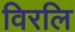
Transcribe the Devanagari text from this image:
विरलि